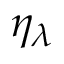
\eta _ { \lambda }